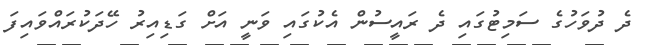
ދެ ދުވަހުގެ ސަމިޓުގައި ދެ ރައީސުން އެކުގައި ވަނީ އަށް ގަޑިއިރު ހޭދަކުރައްވައިފަ